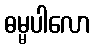
ဓမ္မပါလော